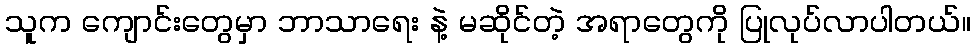
သူက ကျောင်းတွေမှာ ဘာသာရေး နဲ့ မဆိုင်တဲ့ အရာတွေကို ပြုလုပ်လာပါတယ်။